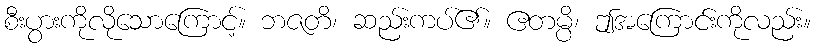
စီးပွားကိုလိုသောကြောင့်။ ဘဇတိ၊ ဆည်းကပ်၏။ ဧတမ္ပိ၊ ဤအကြောင်းကိုလည်း။